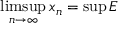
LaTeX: \operatorname* { l i m s u p } _ { n \to \infty } x _ { n } = \operatorname* { s u p } E